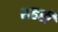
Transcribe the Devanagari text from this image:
शहरीं